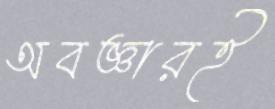
অবজ্ঞারই